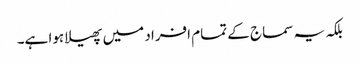
بلکہ یہ سماج کے تمام افراد میں پھیلا ہوا ہے۔